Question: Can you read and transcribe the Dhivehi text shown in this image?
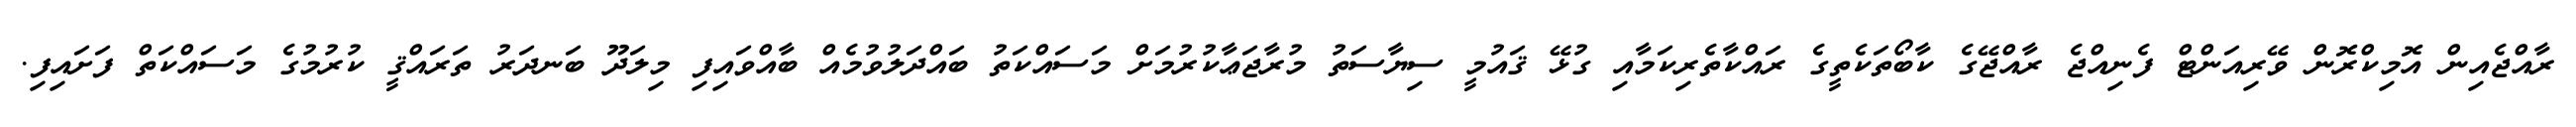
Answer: ރާއްޖެއިން އޮމިކްރޮން ވޭރިއަންޓް ފެނިއްޖެ ރާއްޖޭގެ ކާބޯތަކެތީގެ ރައްކާތެރިކަމާއި ގުޅޭ ޤައުމީ ސިޔާސަތު މުރާޖަޢާކުރުމަށް މަސައްކަތު ބައްދަލުވުމެއް ބާއްވައިފި މިލަދޫ ބަނދަރު ތަރައްޤީ ކުރުމުގެ މަސައްކަތް ފަށައިފި.